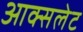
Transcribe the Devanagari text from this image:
आक्सलेट